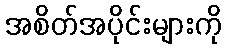
အစိတ်အပိုင်းများကို